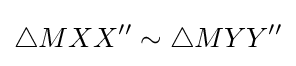
\triangle MXX''\sim \triangle MYY''